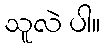
သူလဲ ပါ။